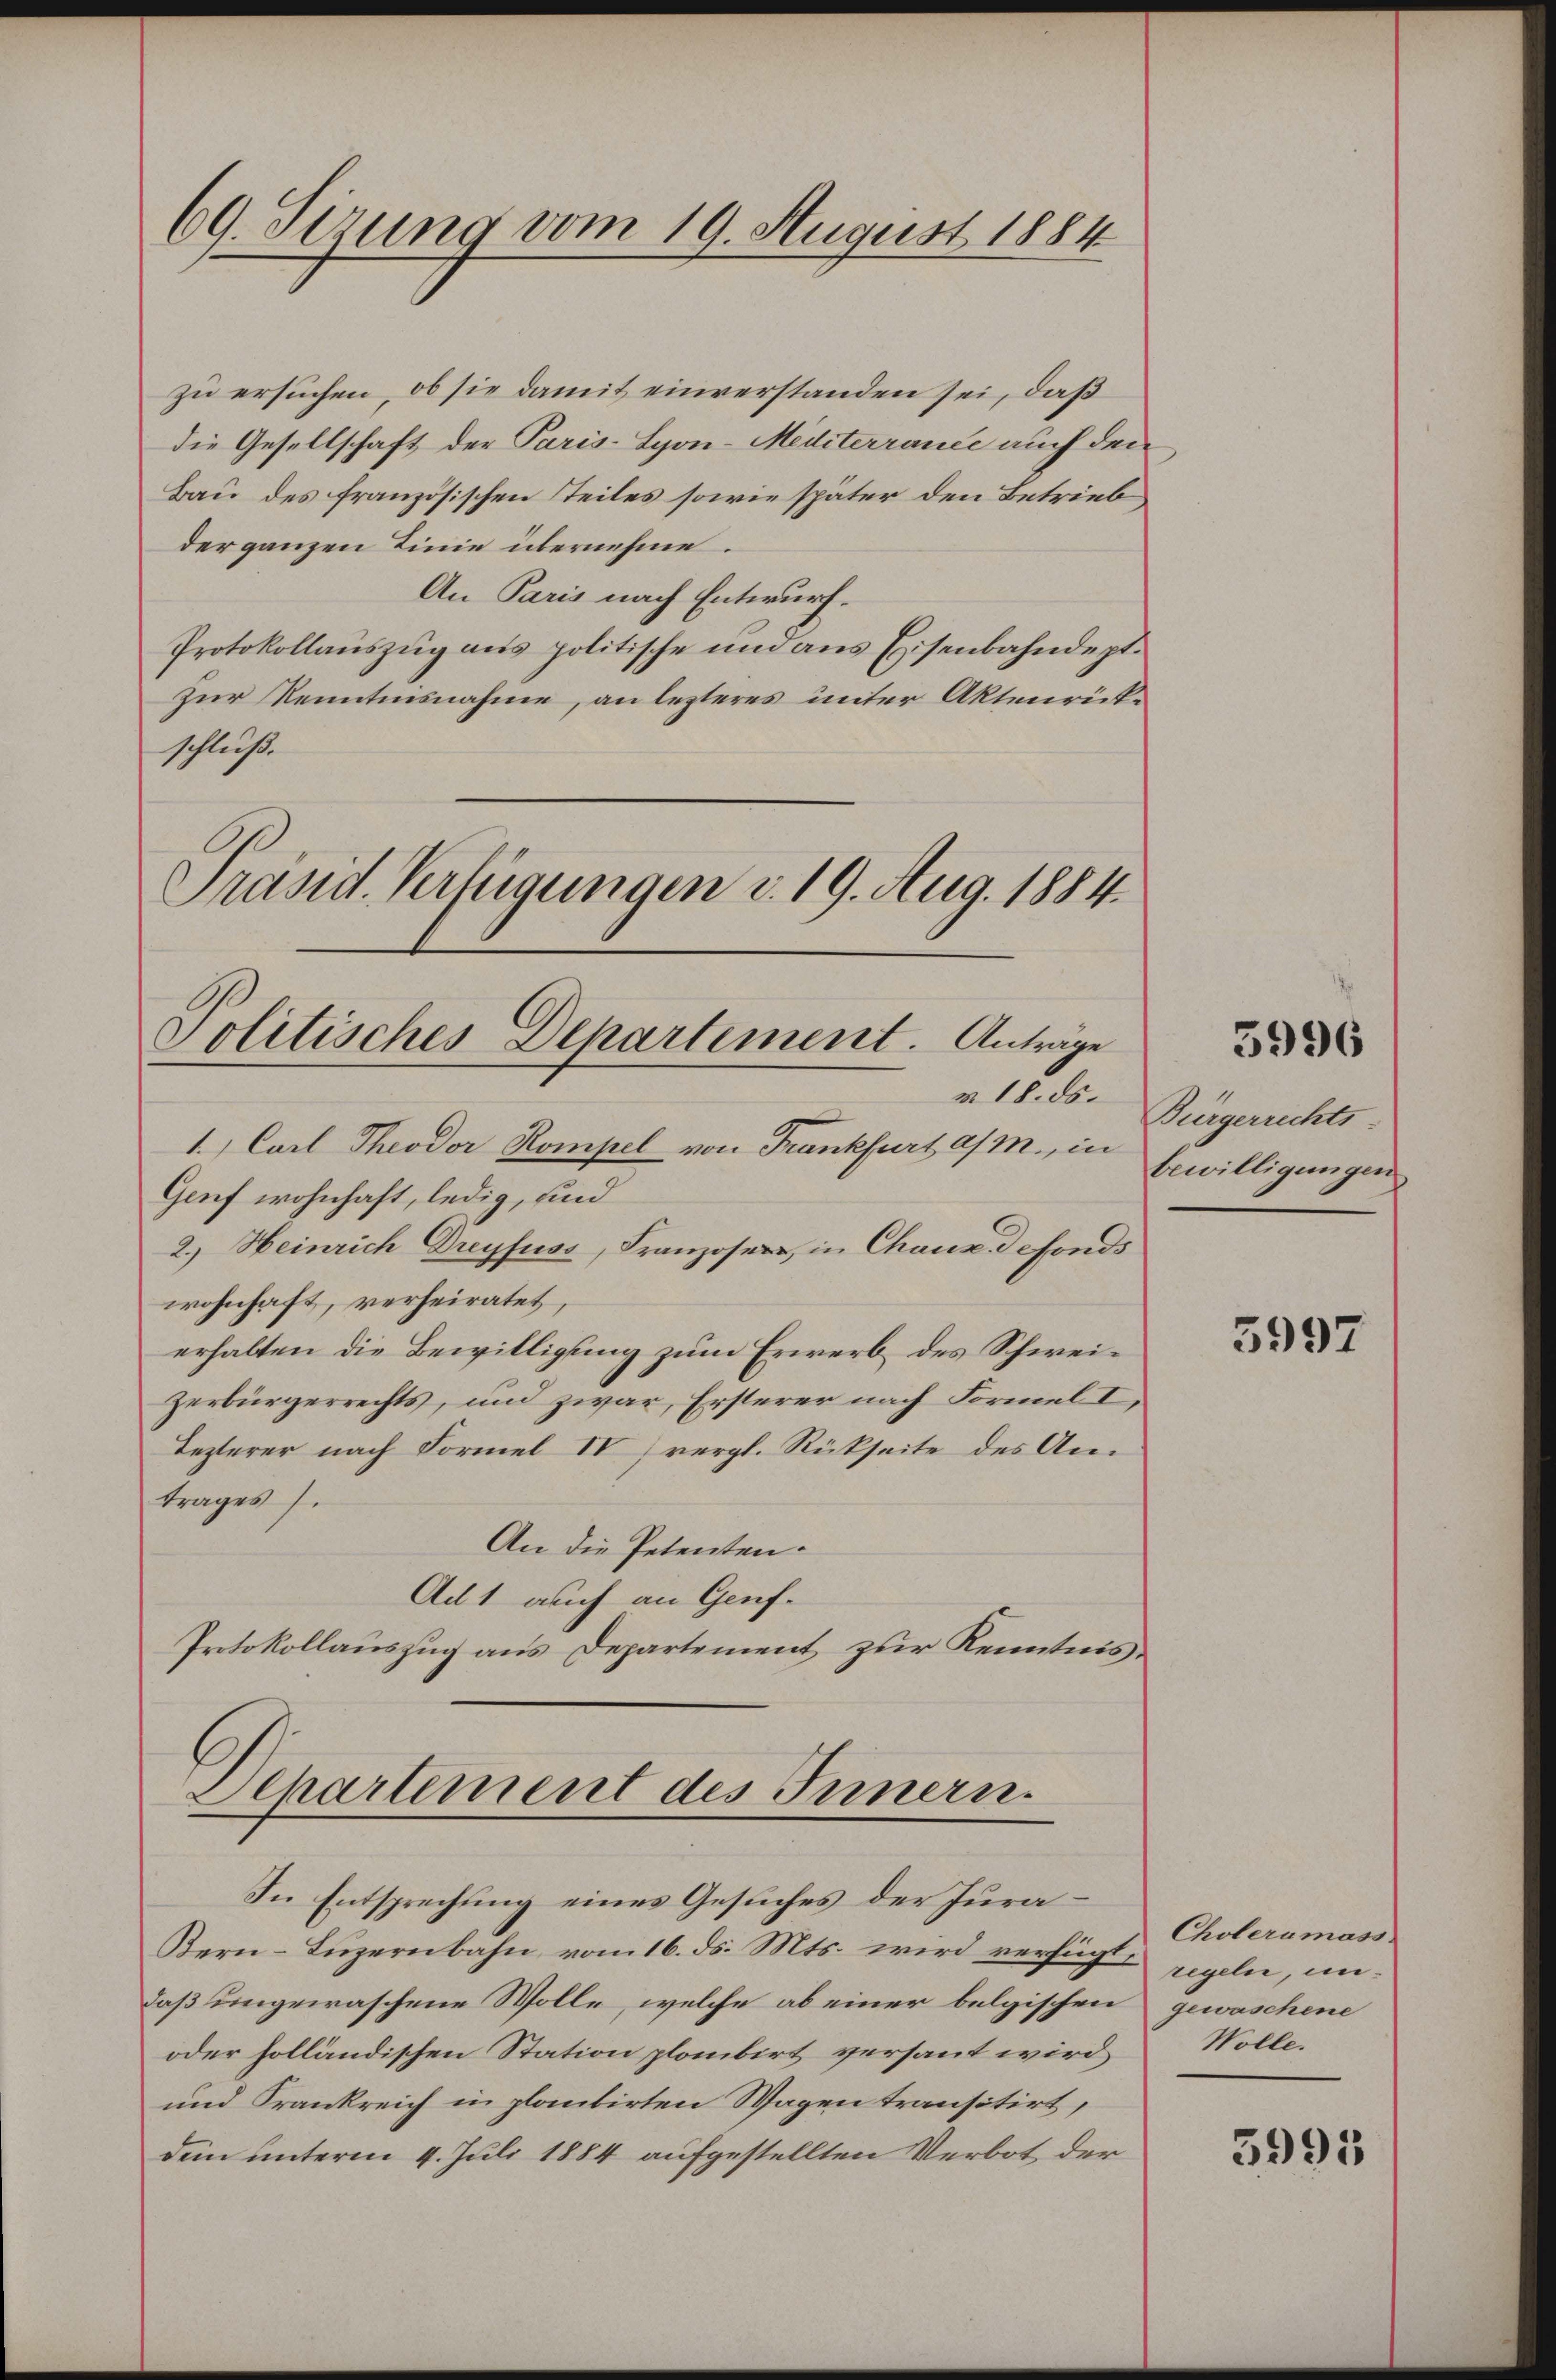
69. Sizung vom 19. August 1884

Politisches Departement. Anträge
v 18. ds.

Achartement des Innern.
In Entsprechung eines Gesuches der Jura¬

zu ersuchen, ob sie damit einverstanden sei, daß
die Gesellschaft der Paris-Lyon-Mediterrance auch den
Bau des französischen Steiles sowie später den Betrieb,
der ganzen Linie übernehme.
An Paris nach Entwurf.
Protokollauszug aus politische und aus Eisenbahndeptzur Kenntnisnahme, an lezteres unter Aktenrückschließ.
Präsid. Verfügungen v. 19. Aug. 1884.

1.) Carl Theodor Kompel von Frankfurt a/M., in
Genf wohnhaft, ledig, sind
2.) Heinrich Dreyfuss, Franzoser, in Chaux defonds
wohnhaft, verheiratet,
erhalten die Bewilligung zum Erwerb des Schweizerbürgerrechts, und zwar, Ersterer nach Formel I
Lezterer nach Formel IV) vergl. Rückseite des Antrages.
An die Petenten.
Ad1 auch an Genf.
Protokollauszug aus Departement zur Kenntnis

Bürgerrechts-
bewilligungen

Bern-Luzernbahn vom 16. ds. Mts. wird verfügte eigeln, undaß ungewaschene Wolle, welche ab einer belgischen gewaschene
oder holländischen Station plambirt versant wird, Wolle.
und Frankreich in plantirten Wagen transitirt,
dem unterm 4. Juli 1884 aufgestellten Verbot der

5996

5997

Choleramass

3995